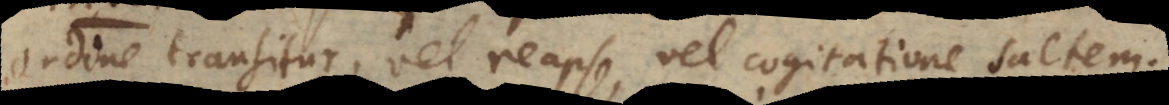
ordine transitur, vel reapse, vel cogitatione saltem.